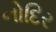
નોદિર